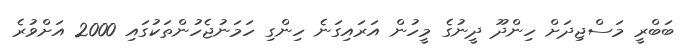
ބަބްރީ މަސްޖިދަށް ހިންދޫ ދީނުގެ މީހުން އަރައިގަނެ ހިންގި ހަމަނުޖެހުންތަކުގައި 2000 އަށްވުރެ